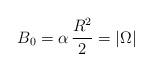
LaTeX: \begin{align*}B_0=\alpha\,\frac{R^2}{2}=|\Omega|\end{align*}